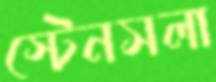
স্টেনসলা